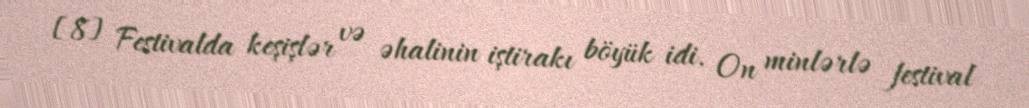
[8] Festivalda keşişlər və əhalinin iştirakı böyük idi. On minlərlə festival